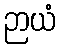
ဉာယံ